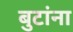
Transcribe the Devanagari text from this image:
बुटांना